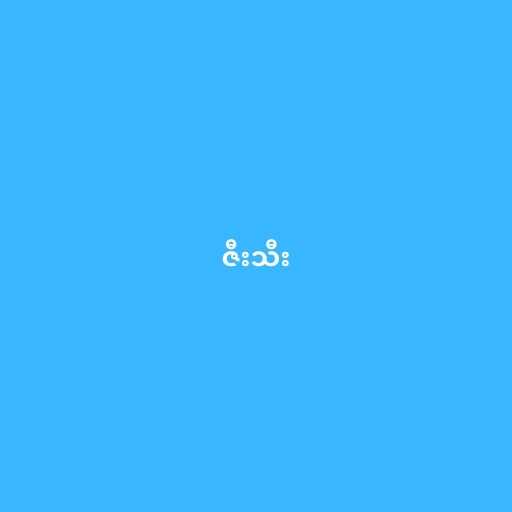
ဇီးသီး